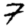
Digit: 7